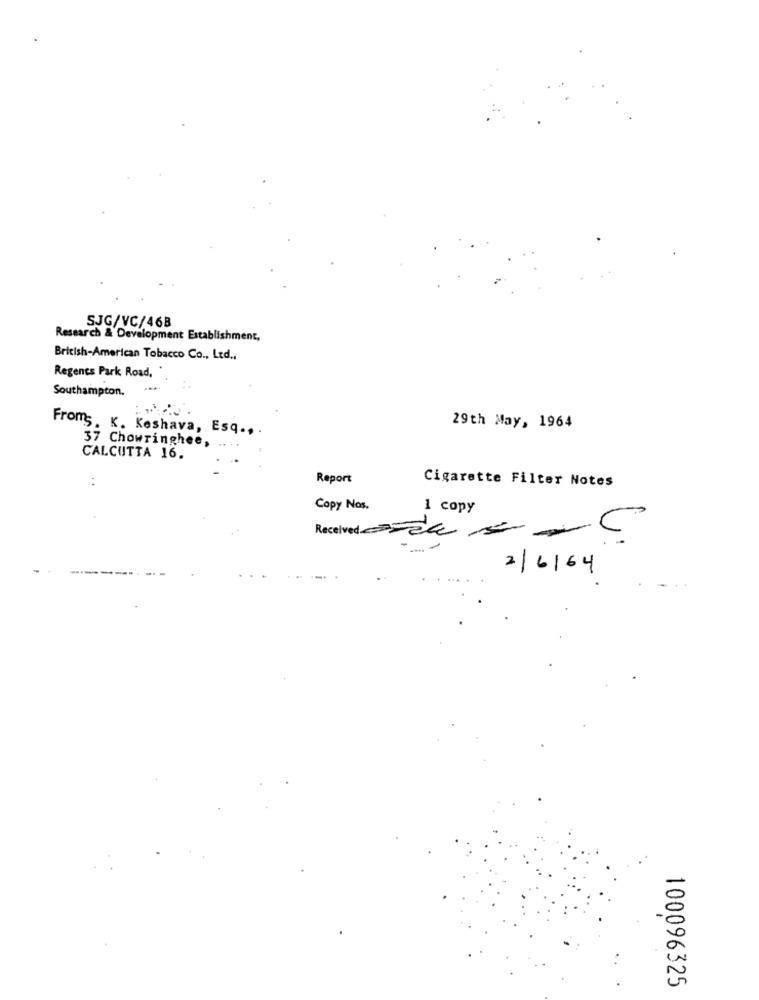
SJG/VC/46B
Research & Development Establishment,
British-American Tobacco Co ., Ltd .,
Regents Park Road,
Southampton.
Froms. K. Keshava, Esq .,.
29th May, 1964
37 Chowringhee,
CALCUTTA 16.
Report
Cigarette Filter Notes
Copy Nos.
1 copy
Received Tak 5 -C
--
2/6/64
100096325